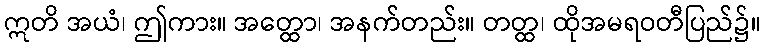
ဣတိ အယံ၊ ဤကား။ အတ္ထော၊ အနက်တည်း။ တတ္ထ၊ ထိုအမရဝတီပြည်၌။